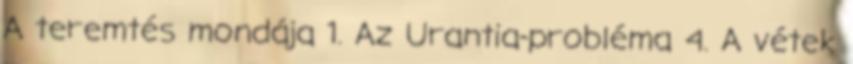
A teremtés mondája 1. Az Urantia-probléma 4. A vétek